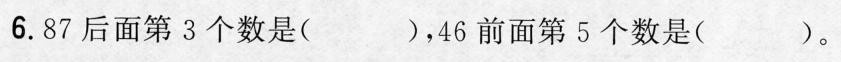
6.87后面第3个数是（ ），46前面第5个数是（ ）。